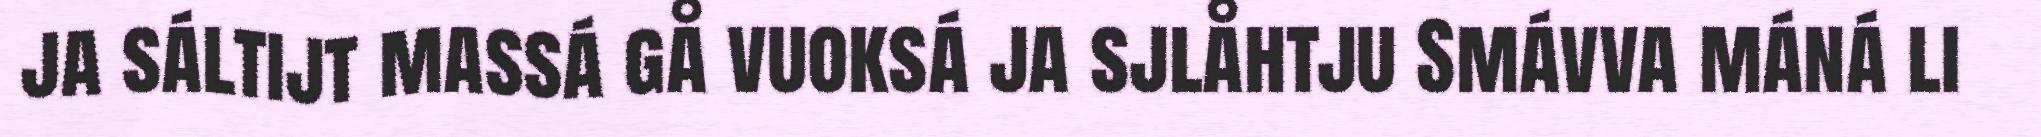
ja sáltijt massá gå vuoksá ja sjlåhtju Smávva máná li